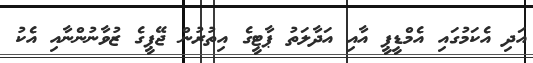
އަދި އެކަމުގައި އެމްޑީޕީ އާއި އަދާލަތު ޕާޓީގެ އިތުރުން ޖޭޕީގެ ޒުވާނުންނާއި އެކު